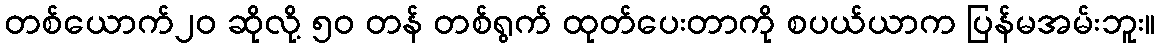
တစ်ယောက်၂၀ ဆိုလို့ ၅၀ တန် တစ်ရွက် ထုတ်ပေးတာကို စပယ်ယာက ပြန်မအမ်းဘူး။